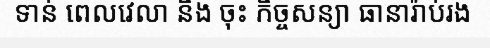
ទាន់ ពេលវេលា និង ចុះ កិច្ចសន្យា ធានារ៉ាប់រង